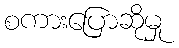
စကားပြောဆိုမှု